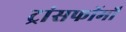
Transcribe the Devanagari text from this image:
ट्रांसफॉर्मों